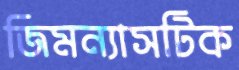
জিমন্যাসটিক